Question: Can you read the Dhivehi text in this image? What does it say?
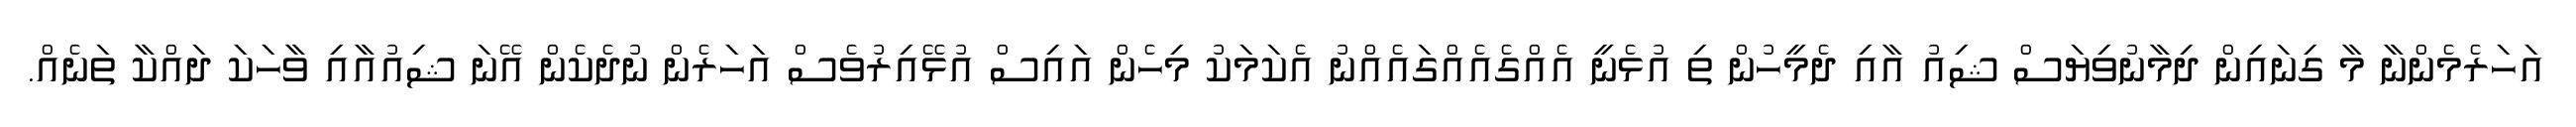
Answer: އަހަރެމެންނާ މާ ގިނައިން ދިމާނުވިޔަސް ޝިއު އާއި ދެމީހުން ތި އުޅެނީ އެއްގެއެއްގައެއްނު އެކަމަކު މިހެން އައިސް އުޅޭއިރުވެސް އަހަރެން ނުދެކެން އޭނަ ޝިއުއާއި ވާހަކަ ދައްކާ ތަނެއް.